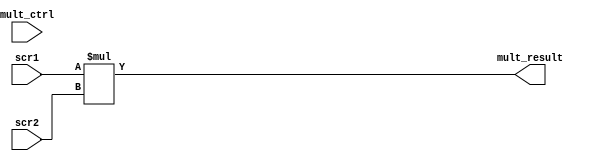

module Multipler(
	scr1,
	scr2,
	mult_ctrl,
	mult_result
);

	input [32-1:0] scr1;
	input [32-1:0] scr2;
	input 		   mult_ctrl;
	output[32-1:0] mult_result;

	reg   [64-1:0] mult_result_reg;

	assign mult_result = mult_result_reg[31:0];

always @(*) begin
	mult_result_reg = scr1 * scr2;
end

endmodule